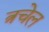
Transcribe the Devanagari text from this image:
त्रचेल